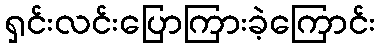
ရှင်းလင်းပြောကြားခဲ့ကြောင်း